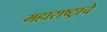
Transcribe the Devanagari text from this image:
महाराष्‍ट्राचे